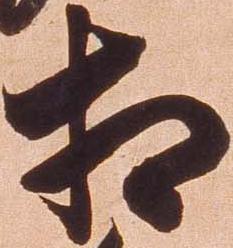
相